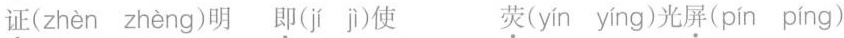
证( zhèn zhèng )明 即( jí jì )使 荧( yín yíng )光屏( pín píng )